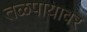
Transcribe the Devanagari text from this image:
तळपायावर